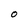
Character: O